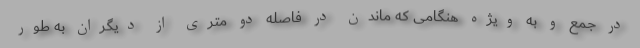
در جمع و به ویژه هنگامی که ماندن در فاصله‌ دو متری از دیگران به طور